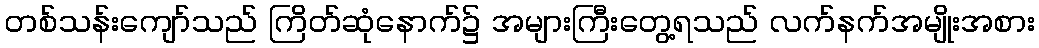
တစ်သန်းကျော်သည် ကြိတ်ဆုံနောက်၌ အများကြီးတွေ့ရသည် လက်နက်အမျိုးအစား